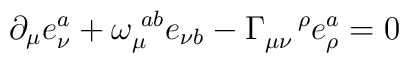
\partial _{\mu }e_{\nu }^{a}+\omega _{\mu }^{\,\,ab}e_{\nu b}-\Gamma _{\mu\nu }^{\quad \rho }e_{\rho }^{a}=0